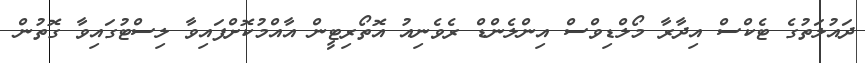
ދައުލަތުގެ ޓެކްސް އިދާރާ މޯލްޑިވްސް އިންލެންޑް ރެވެނިއު އޮތޯރިޓީން އާއްމުކޮށްފައިވާ ލިސްޓުގައިވާ ގޮތުން